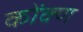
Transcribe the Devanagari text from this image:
कोंक्ण